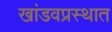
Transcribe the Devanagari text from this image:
खांडवप्रस्थात